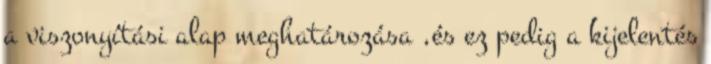
a viszonyítási alap meghatározása ,és ez pedig a kijelentés